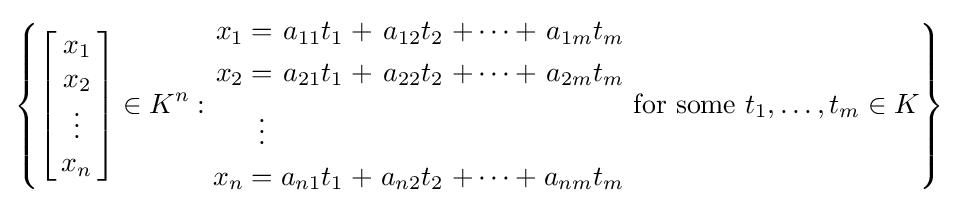
\left\{\left[\!\!{\begin{array}{c}x_{1}\\x_{2}\\\vdots \\x_{n}\end{array}}\!\!\right]\in K^{n}:{\begin{alignedat}{7}x_{1}&&\;=\;&&a_{11}t_{1}&&\;+\;&&a_{12}t_{2}&&\;+\cdots +\;&&a_{1m}t_{m}&\\x_{2}&&\;=\;&&a_{21}t_{1}&&\;+\;&&a_{22}t_{2}&&\;+\cdots +\;&&a_{2m}t_{m}&\\&&\vdots \;\;&&&&&&&&&&&\\x_{n}&&\;=\;&&a_{n1}t_{1}&&\;+\;&&a_{n2}t_{2}&&\;+\cdots +\;&&a_{nm}t_{m}&\\\end{alignedat}}{\text{ for some }}t_{1},\ldots ,t_{m}\in K\right\}